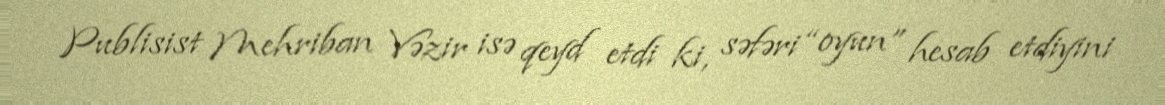
Publisist Mehriban Vəzir isə qeyd etdi ki, səfəri “oyun” hesab etdiyini